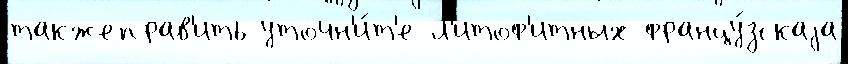
такжеправ'ить уточн'и́т'е л'итоф'итных францу́зскаjа